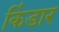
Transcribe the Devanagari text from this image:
किंडार